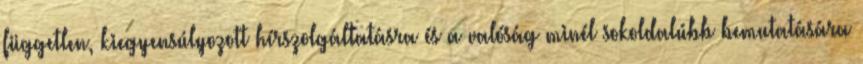
független, kiegyensúlyozott hírszolgáltatásra és a valóság minél sokoldalúbb bemutatására